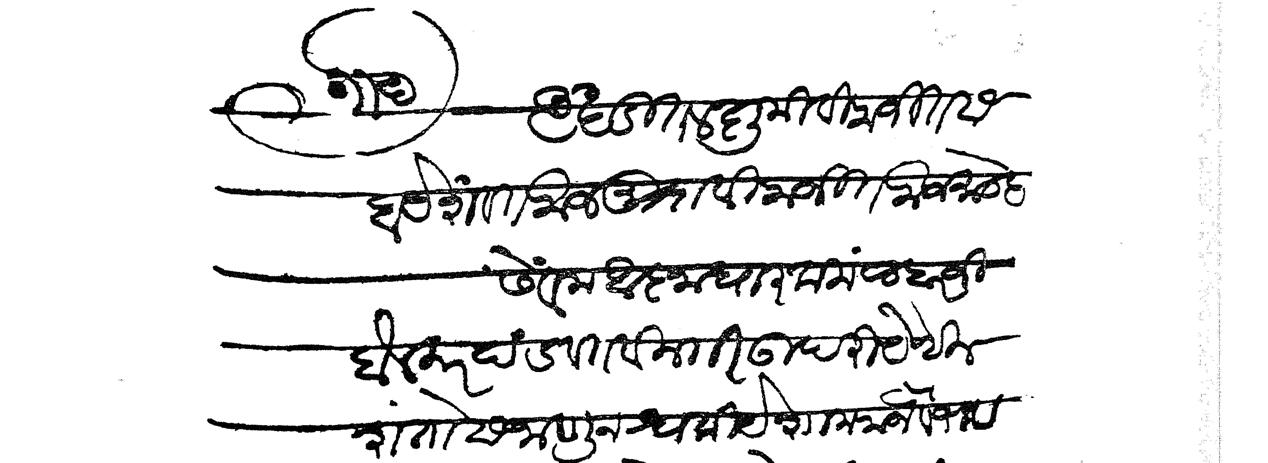
Transliteration (Devanagari): अखंडित लक्षुमी विराजित बाब येशवंत राजमुद्रा विराजित राजमान्हे सेवक आज्ञाधारक मल्हारजी होलकर दंडवत विनती उपरी येथील शंतोस जाणुन श्वकीये शामराजवैभव